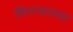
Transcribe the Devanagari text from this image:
शिवजातस्य